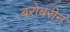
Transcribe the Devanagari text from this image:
बरोबरीनं